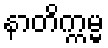
နာတိက္ကမ္မ